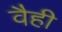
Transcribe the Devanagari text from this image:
वैही